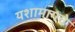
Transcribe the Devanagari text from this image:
यशामागचे